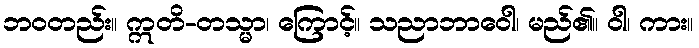
ဘဝတည်း။ ဣတိ-တသ္မာ၊ ကြောင့်။ သညာဘာဝေါ၊ မည်၏။ ဝါ၊ ကား။